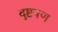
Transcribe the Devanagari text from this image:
दुष्टपण